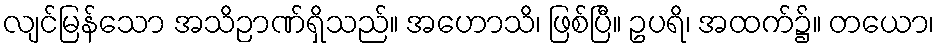
လျင်မြန်သော အသိဉာဏ်ရှိသည်။ အဟောသိ၊ ဖြစ်ပြီ။ ဥပရိ၊ အထက်၌။ တယော၊